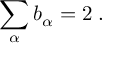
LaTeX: \sum _ { \alpha } b _ { \alpha } = 2 \; .